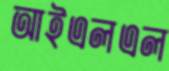
আইএলএল